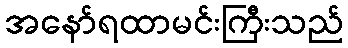
အနော်ရထာမင်းကြီးသည်